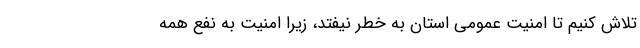
تلاش کنیم تا امنیت عمومی استان به خطر نیفتد، زیرا امنیت به نفع همه